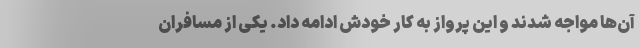
آن‌ها مواجه شدند و این پرواز به کار خودش ادامه داد. یکی از مسافران